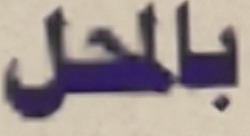
بالمحل